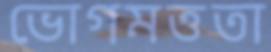
ভোগমত্ততা